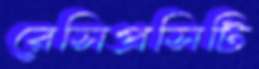
রেসিপ্রসিটি